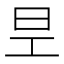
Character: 𭥐